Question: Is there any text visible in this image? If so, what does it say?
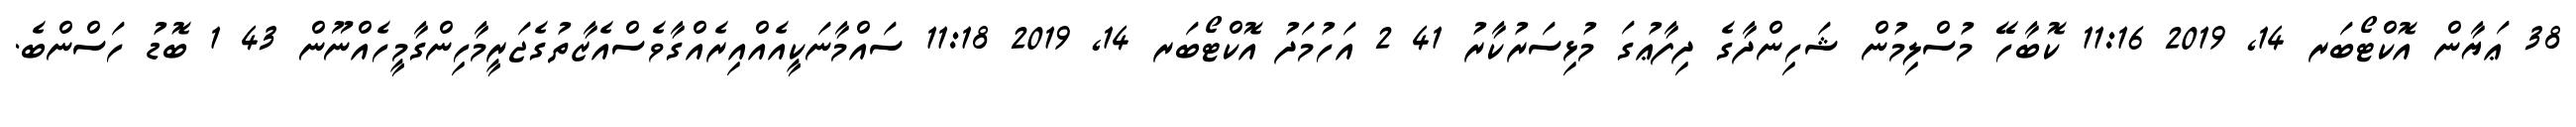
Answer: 38 ޢަޔާން އޮކްޓޯބަރ 14, 2019 11:16 ކޮބާހޭ މުސްލިމުން ޝަހިންދާގެ ދިފާޢުގަ މުޅިސަރުކާރު 41 2 އަހުމަދު އޮކްޓޯބަރ 14, 2019 11:18 ސައްމާނަކީއެއްއިރެއްގާވެސްއެޒާތުގެޖަރީމާހިންގާމީހެއްނޫން 43 1 ބޮޑު ހަސްންބެ.